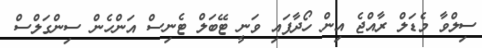
ސިލްވާ މެޑަލް ރާއްޖެ އިން ހޯދާފައި ވަނީ ޓޭބަލް ޓެނިސް އަންހެން ސިންގަލްސް